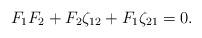
LaTeX: \begin{align*}F_1 F_2 + F_2 \zeta_{12} + F_1 \zeta_{21} =0.\end{align*}